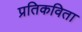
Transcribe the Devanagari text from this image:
प्रतिकविता